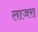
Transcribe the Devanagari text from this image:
लाजरा